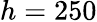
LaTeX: h=250